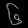
Digit: ၆